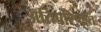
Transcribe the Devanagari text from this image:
अतिपरिष्कृत